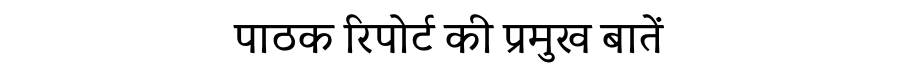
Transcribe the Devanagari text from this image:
पाठक रिपोर्ट की प्रमुख बातें